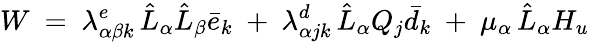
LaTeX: W\ =\ \lambda_{\alpha\beta k}^{e}\, \hat{L}_{\alpha}\hat{L}_{\beta}\bar{e}_{k}\ +\ \lambda_{\alpha jk}^{d}\, \hat{L}_{\alpha}Q_{j}\bar{d}_{k}\ +\ \mu_{\alpha}\, \hat{L}_{\alpha}H_{u}